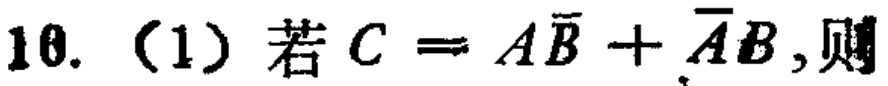
10.（1）若\(C = A\overline{B}+\overline{A}B\)，则